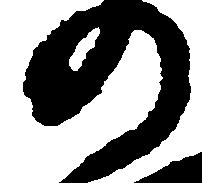
の